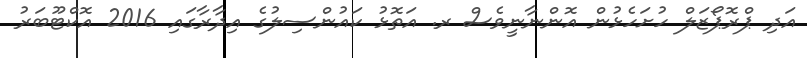
އަދި ޕްރޮޕޯޒަލް ހުށަހެޅުން އޮންނާނީވެސް ރ. އަތޮޅު ކައުންސިލުގެ އިދާރާގައި 2016 އޮކްޓޫބަރު